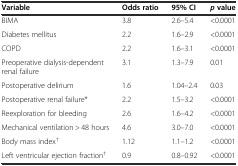
<table><thead><tr><td><b>Variable</b></td><td><b>Odds ratio</b></td><td><b>95% CI</b></td><td><b><i>p</i>value</b></td></tr></thead><tbody><tr><td>BIMA</td><td>3.8</td><td>2.6-5.4</td><td>&lt;0.0001</td></tr><tr><td>Diabetes mellitus</td><td>2.2</td><td>1.6-2.9</td><td>&lt;0.0001</td></tr><tr><td>COPD</td><td>2.2</td><td>1.6-3.1</td><td>&lt;0.0001</td></tr><tr><td>Preoperative dialysis-dependent renal failure</td><td>3.1</td><td>1.3-7.9</td><td>0.01</td></tr><tr><td>Postoperative delirium</td><td>1.6</td><td>1.04-2.4</td><td>0.03</td></tr><tr><td>Postoperative renal failure*</td><td>2.2</td><td>1.5-3.2</td><td>&lt;0.0001</td></tr><tr><td>Reexploration for bleeding</td><td>2.6</td><td>1.6-4.2</td><td>&lt;0.0001</td></tr><tr><td>Mechanical ventilation &gt; 48 hours</td><td>4.6</td><td>3.0-7.0</td><td>&lt;0.0001</td></tr><tr><td>Body mass index<sup>†</sup></td><td>1.12</td><td>1.1-1.2</td><td>&lt;0.0001</td></tr><tr><td>Left ventricular ejection fraction<sup>†</sup></td><td>0.9</td><td>0.8-0.92</td><td>&lt;0.0001</td></tr></tbody></table>